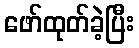
ဖော်ထုတ်ခဲ့ပြီး